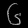
Digit: ၆